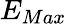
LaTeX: E_{Max}